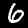
Digit: 6